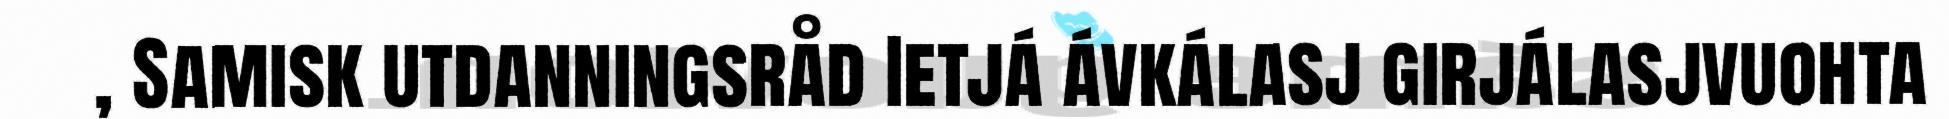
, Samisk utdanningsråd Ietjá ávkálasj girjálasjvuohta